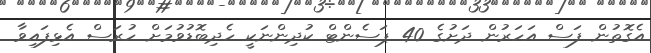
އެގޮތުން ފަސް އަހަރުން ދަށުގެ 40 ޕަސެންޓް ކުދިންނަކީ ހެދިބޮޑުވުމަށް ހުރަސް އެޅިފައިވާ